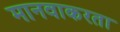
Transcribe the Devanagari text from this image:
मानवाकरता